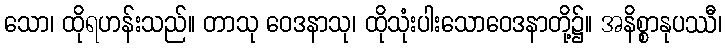
သော၊ ထိုရဟန်းသည်။ တာသု ဝေဒနာသု၊ ထိုသုံးပါးသောဝေဒနာတို့၌။ အနိစ္စာနုပဿီ၊